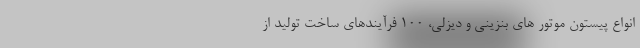
انواع پیستون موتور های بنزینی و دیزلی، ١٠٠ فرآیندهای ساخت تولید از